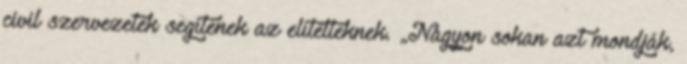
civil szervezetek segítenek az elítélteknek. „Nagyon sokan azt mondják,